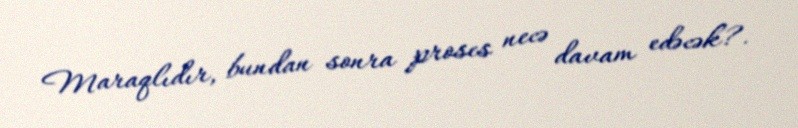
Maraqlıdır, bundan sonra proses necə davam edəcək?.